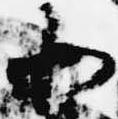
北